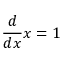
{ \frac { d } { d x } } x = 1